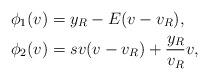
LaTeX: \begin{align*}\phi_1(v)&=y_R-E(v-v_R),\\\phi_2(v)&=sv(v-v_R)+\frac{y_R}{v_R}v,\end{align*}